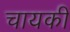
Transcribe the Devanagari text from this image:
चायकी